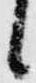
候